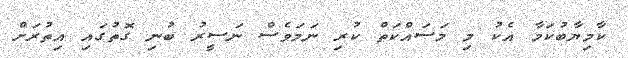
ކާމިޔާބުކަމާ އެކު މި މަސައްކަތް ކުރި ނަމަވެސް ނަސީރު ބުނި ގޮތުގައި އިތުރަށް